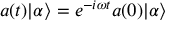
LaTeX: ~ a ( t ) | \alpha \rangle = e ^ { - i \omega t } a ( 0 ) | \alpha \rangle